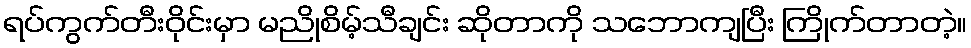
ရပ်ကွက်တီးဝိုင်းမှာ မညိုစိမ့်သီချင်း ဆိုတာကို သဘောကျပြီး ကြိုက်တာတဲ့။